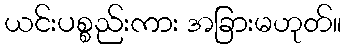
ယင်းပစ္စည်းကား အခြားမဟုတ်။